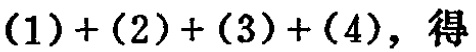
\((1)+(2)+(3)+(4),\) 得